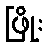
ဖြိုး